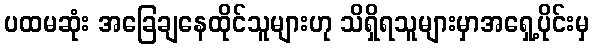
ပထမဆုံး အခြေချနေထိုင်သူများဟု သိရှိရသူများမှာအရှေ့ပိုင်းမှ